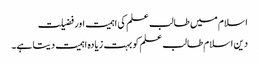
اسلام میں طالب علم کی اہمیت اور فضیلت
دین اسلام طالب علم کو بہت زیادہ اہمیت دیتا ہے۔